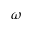
\omega